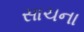
સાચના